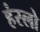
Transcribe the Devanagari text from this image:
हंस्लो